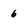
Character: 6